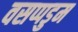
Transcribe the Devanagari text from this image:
वसप्पडुम